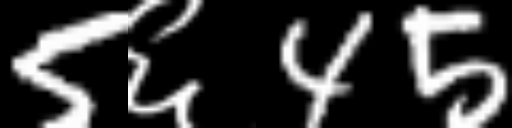
Text: 5६45